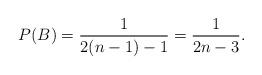
LaTeX: \begin{align*} P (B) = \frac{1}{2 (n - 1) - 1} = \frac{1}{2n - 3}.\end{align*}